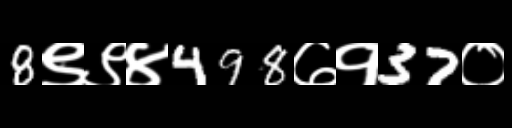
Text: 8९९४498७१37०